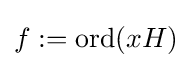
f:=\mathrm {ord} (xH)